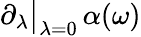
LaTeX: \partial_{\lambda}\big|_{\lambda=0}\, \alpha(\omega)